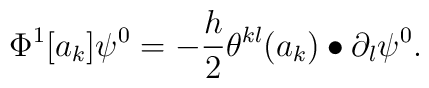
\Phi^1[a_k]\psi^0 =  -\frac{h}{2} \theta^{kl}(a_k) \bullet \partial_l \psi^0.